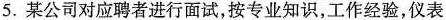
5.某公司对应聘者进行面试，按专业知识，工作经验，仪表